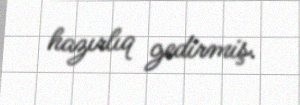
hazırlıq gedirmiş.